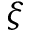
\xi